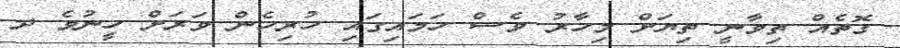
ގޮތެއް ތިވާނީ ތިޔަށް މިހާރު ވެސް ހަމައިގައި ހުރިހެން ވަރަށް ހީނުވެ ދ